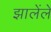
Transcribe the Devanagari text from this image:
झालेंले